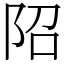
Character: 䧂